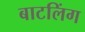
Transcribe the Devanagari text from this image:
बाटलिंग